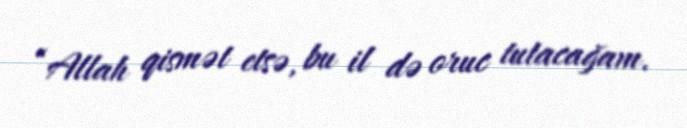
“Allah qismət etsə, bu il də oruc tutacağam.